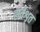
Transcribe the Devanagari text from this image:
सर्वशृत